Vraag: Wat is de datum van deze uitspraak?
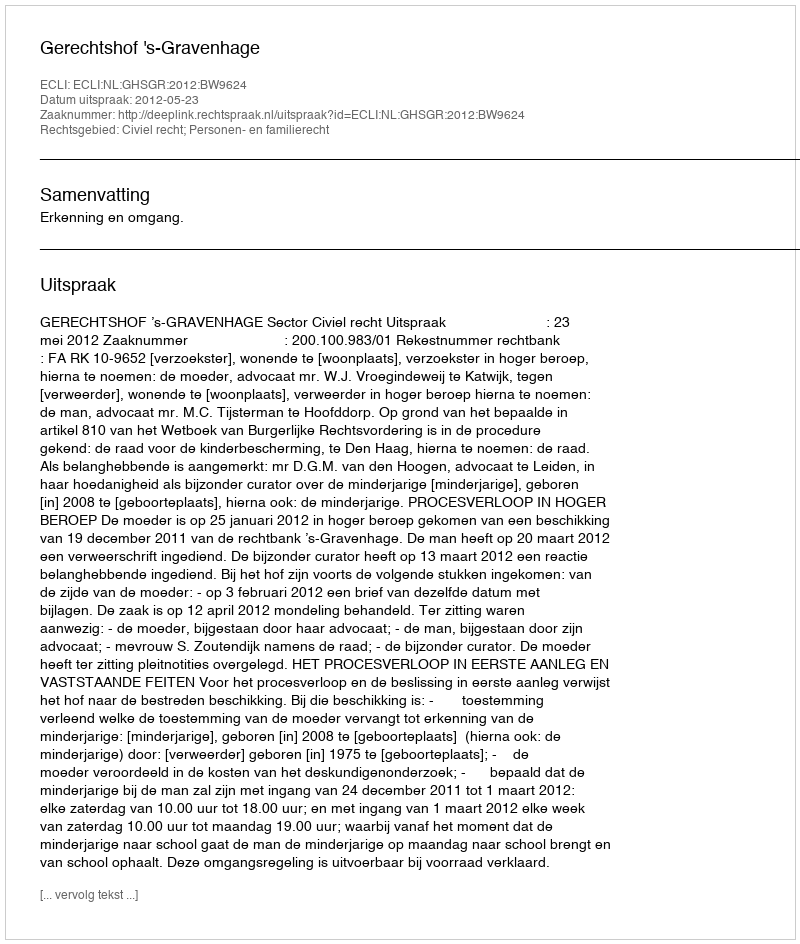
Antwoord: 2012-05-23